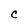
Character: C